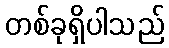
တစ်ခုရှိပါသည်